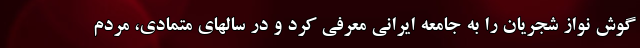
گوش نواز شجریان را به جامعه ایرانی معرفی کرد و در سالهای متمادی، مردم